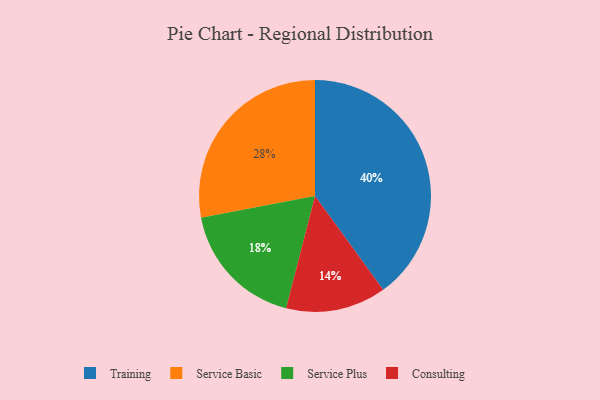
{"axis": {"x": "Category", "y": "Percentage"}, "legend": ["Consulting", "Service Basic", "Service Plus", "Training"], "data": [{"x": "Training", "y": 40, "type": "Training"}, {"x": "Service Basic", "y": 28, "type": "Service Basic"}, {"x": "Service Plus", "y": 18, "type": "Service Plus"}, {"x": "Consulting", "y": 14, "type": "Consulting"}]}